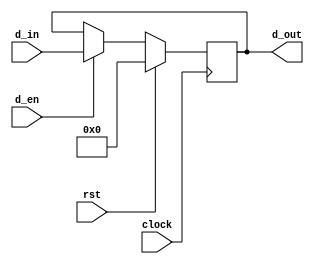
module ff_en
(
    d_in, d_out, clock, rst, d_en
);
    input clock;
    input rst;
    input d_en;
    
    input [9:0] d_in;
    output [9:0] d_out;

    reg [9:0] ff_d;

    assign d_out = ff_d;

    always @ (posedge clock)
        if(rst)
            ff_d <= 10'b0;
        else if(d_en)
            ff_d <= d_in;
        else
            ff_d <= ff_d;

endmodule